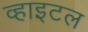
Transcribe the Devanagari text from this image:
व्हाइटल